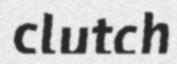
clutch